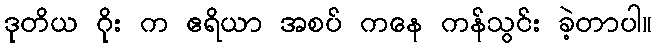
ဒုတိယ ဂိုး က ဧရိယာ အစပ် ကနေ ကန်သွင်း ခဲ့တာပါ။